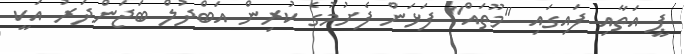
ޕީ އަތާއި ފައިގައި "މޫތައް" ފަޅަން ފެށުމުގެ ކުރިން އަބްދުލް ބަޖަންދަރު އަކީ